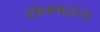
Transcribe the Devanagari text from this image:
संघबद्धता